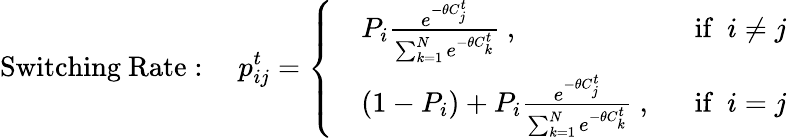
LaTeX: \mathrm{Switching~Rate:~~~~}p_{ij}^{t}=\left\{ \begin{array}{ll}{\begin{array}{rlr}&{P_{i}\frac{e^{-\theta C_{j}^{t}}}{\sum_{k=1}^{N}e^{-\theta C_{k}^{t}}}\ ,\ }&{\ \mathrm{if}\ \ i\neq j}\\ &{(1-P_{i})+P_{i}\frac{e^{-\theta C_{j}^{t}}}{\sum_{k=1}^{N}e^{-\theta C_{k}^{t}}}\ ,\ }&{\ \mathrm{if}\ \ i=j}\end{array}}\end{array}\right.